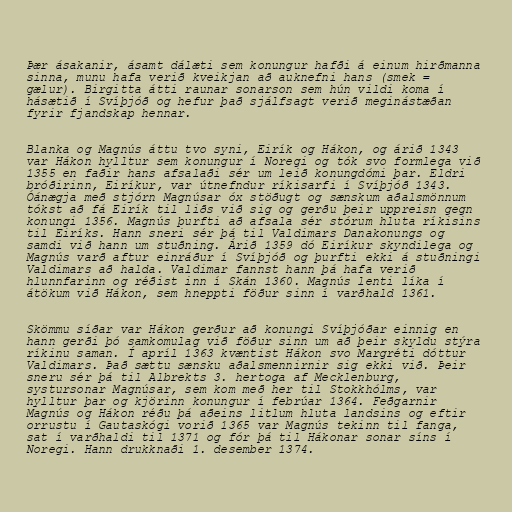
Þær ásakanir, ásamt dálæti sem konungur hafði á einum hirðmanna
sinna, munu hafa verið kveikjan að auknefni hans (smek =
gælur). Birgitta átti raunar sonarson sem hún vildi koma í
hásætið í Svíþjóð og hefur það sjálfsagt verið meginástæðan
fyrir fjandskap hennar.

Blanka og Magnús áttu tvo syni, Eirík og Hákon, og árið 1343
var Hákon hylltur sem konungur í Noregi og tók svo formlega við
1355 en faðir hans afsalaði sér um leið konungdómi þar. Eldri
bróðirinn, Eiríkur, var útnefndur ríkisarfi í Svíþjóð 1343.
Óánægja með stjórn Magnúsar óx stöðugt og sænskum aðalsmönnum
tókst að fá Eirík til liðs við sig og gerðu þeir uppreisn gegn
konungi 1356. Magnús þurfti að afsala sér stórum hluta ríkisins
til Eiríks. Hann sneri sér þá til Valdimars Danakonungs og
samdi við hann um stuðning. Árið 1359 dó Eiríkur skyndilega og
Magnús varð aftur einráður í Svíþjóð og þurfti ekki á stuðningi
Valdimars að halda. Valdimar fannst hann þá hafa verið
hlunnfarinn og réðist inn í Skán 1360. Magnús lenti líka í
átökum við Hákon, sem hneppti föður sinn í varðhald 1361.

Skömmu síðar var Hákon gerður að konungi Svíþjóðar einnig en
hann gerði þó samkomulag við föður sinn um að þeir skyldu stýra
ríkinu saman. Í apríl 1363 kvæntist Hákon svo Margréti dóttur
Valdimars. Það sættu sænsku aðalsmennirnir sig ekki við. Þeir
sneru sér þá til Albrekts 3. hertoga af Mecklenburg,
systursonar Magnúsar, sem kom með her til Stokkhólms, var
hylltur þar og kjörinn konungur í febrúar 1364. Feðgarnir
Magnús og Hákon réðu þá aðeins litlum hluta landsins og eftir
orrustu í Gautaskógi vorið 1365 var Magnús tekinn til fanga,
sat í varðhaldi til 1371 og fór þá til Hákonar sonar síns í
Noregi. Hann drukknaði 1. desember 1374.